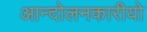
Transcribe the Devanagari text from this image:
आन्दोलनकारीयो